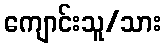
ကျောင်းသူ/သား